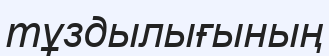
тұздылығының